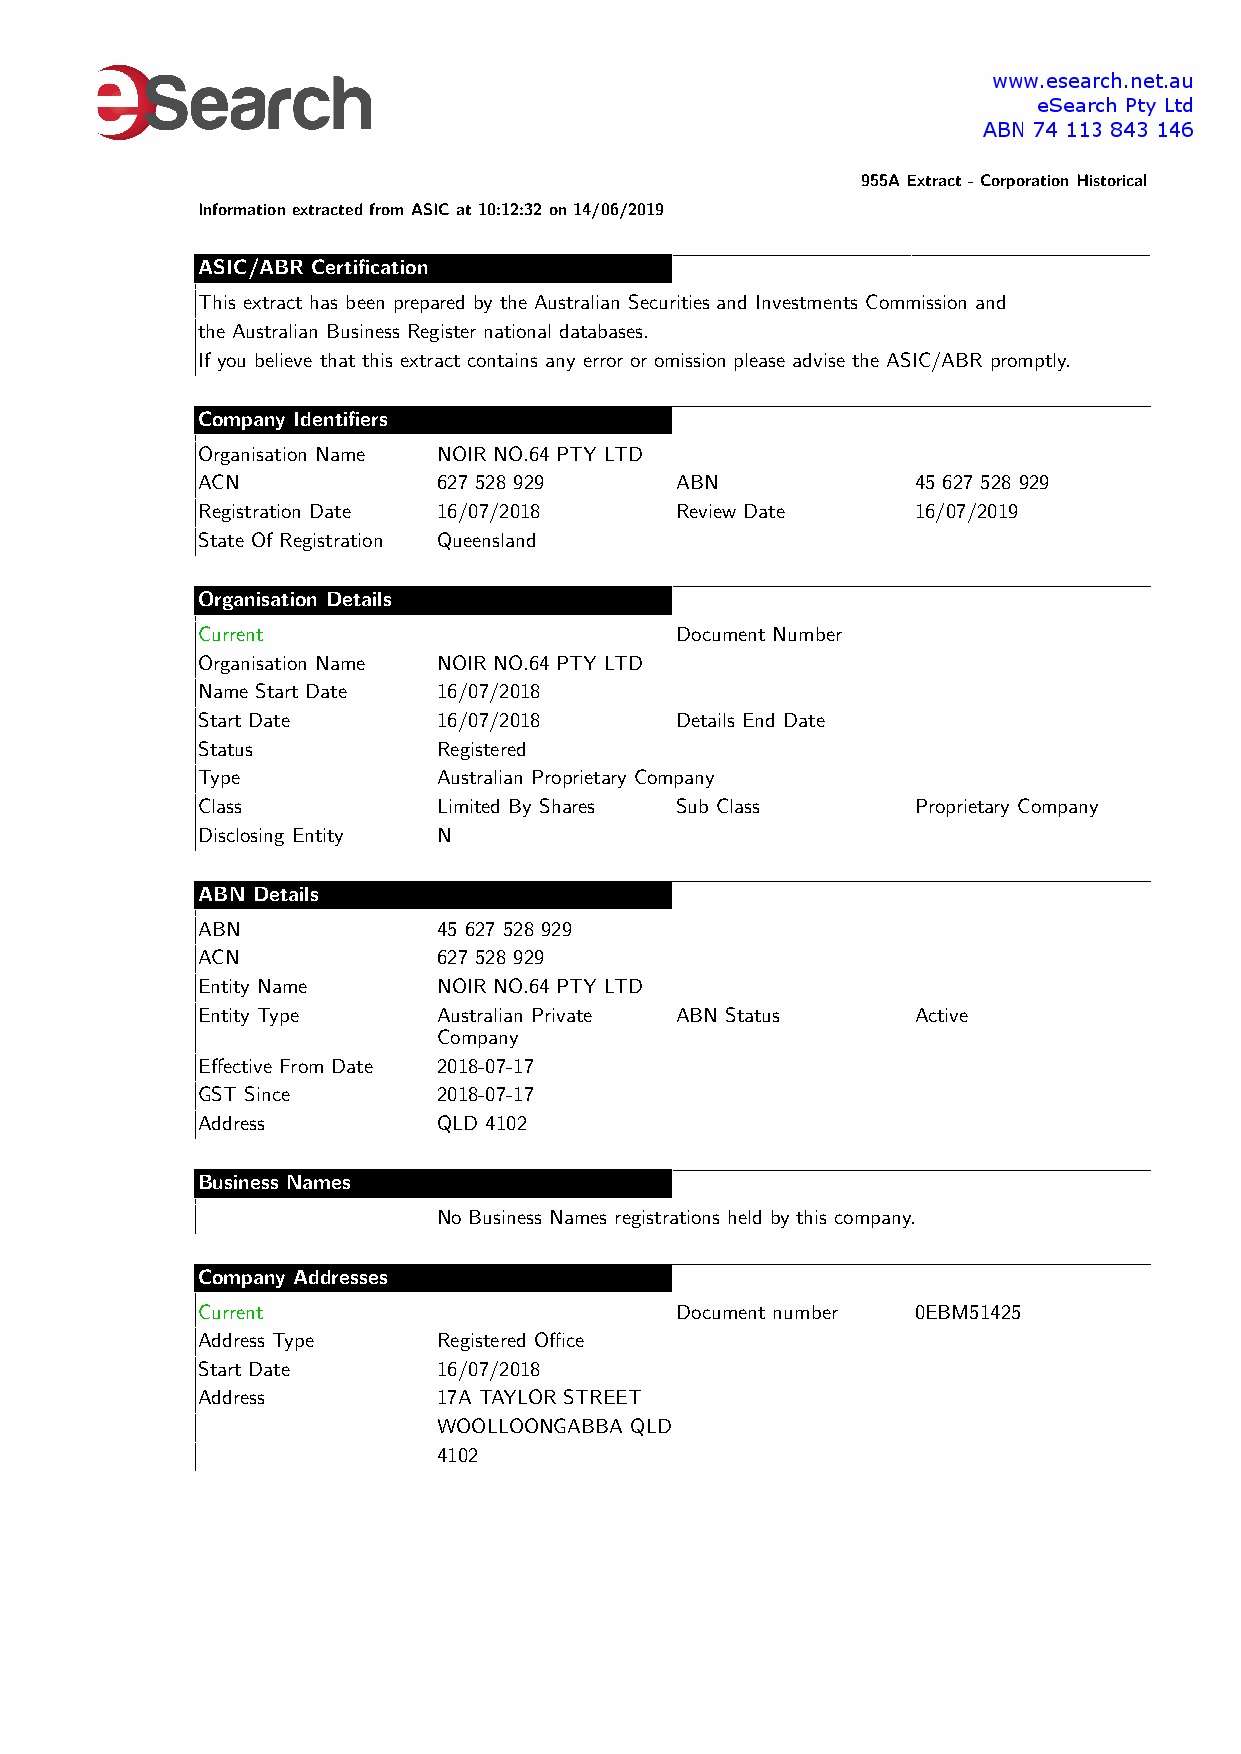
955AExtract-CorporationHistorical
 InformationextractedfromASICat10:12:32on14/06/2019
 ASIC/ABR Certification
 This extract has been prepared by the Australian Securities and Investments Commission and
 the Australian Business Register national databases.
 If you believe that this extract contains any error or omission please advise the ASIC/ABR promptly.
 Company Identifiers
 Organisation Name NOIR NO.64 PTY LTD
 ACN             627 528 929     ABN             45 627 528 929
 Registration Date 16/07/2018    Review Date     16/07/2019
 State Of Registration Queensland
 Organisation Details
 Current                         Document Number
 Organisation Name NOIR NO.64 PTY LTD
 Name Start Date 16/07/2018
 Start Date      16/07/2018      Details End Date
 Status          Registered
 Type            Australian Proprietary Company
 Class           Limited By Shares Sub Class     Proprietary Company
 Disclosing Entity N
 ABN Details
 ABN             45 627 528 929
 ACN             627 528 929
 Entity Name     NOIR NO.64 PTY LTD
 Entity Type     Australian Private ABN Status   Active
 Company
 Effective From Date 2018-07-17
 GST Since       2018-07-17
 Address         QLD 4102
 Business Names
 No Business Names registrations held by this company.
 Company Addresses
 Current                         Document number 0EBM51425
 Address Type    Registered Office
 Start Date      16/07/2018
 Address         17A TAYLOR STREET
 WOOLLOONGABBA QLD
 4102